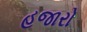
હજારો